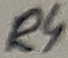
Text: R4